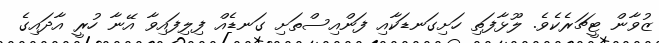
ޒުވާން ޓީޗަރެކެވެ. ލޫޅާފަތި ހަށިގަނޑަކާއި ފަންއިސްތަށި ގަނޑެއް ފިލިފައިވާ އޭނާ ހުރީ އާދައިގެ